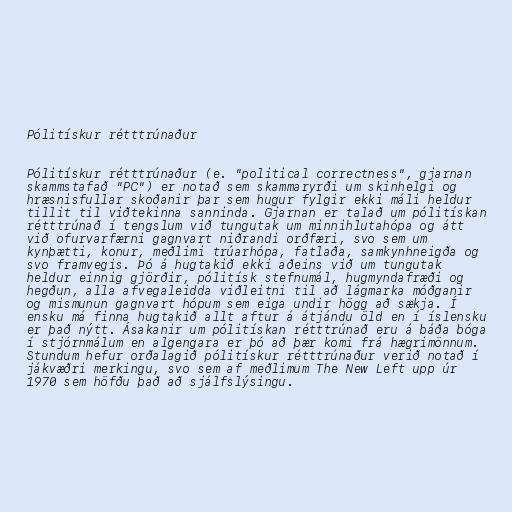
Pólitískur rétttrúnaður

Pólitískur rétttrúnaður (e. "political correctness", gjarnan
skammstafað "PC") er notað sem skammaryrði um skinhelgi og
hræsnisfullar skoðanir þar sem hugur fylgir ekki máli heldur
tillit til viðtekinna sanninda. Gjarnan er talað um pólitískan
rétttrúnað í tengslum við tungutak um minnihlutahópa og átt
við ofurvarfærni gagnvart niðrandi orðfæri, svo sem um
kynþætti, konur, meðlimi trúarhópa, fatlaða, samkynhneigða og
svo framvegis. Þó á hugtakið ekki aðeins við um tungutak
heldur einnig gjörðir, pólitísk stefnumál, hugmyndafræði og
hegðun, alla afvegaleidda viðleitni til að lágmarka móðganir
og mismunun gagnvart hópum sem eiga undir högg að sækja. Í
ensku má finna hugtakið allt aftur á átjándu öld en í íslensku
er það nýtt. Ásakanir um pólitískan rétttrúnað eru á báða bóga
í stjórnmálum en algengara er þó að þær komi frá hægrimönnum.
Stundum hefur orðalagið pólitískur rétttrúnaður verið notað í
jákvæðri merkingu, svo sem af meðlimum The New Left upp úr
1970 sem höfðu það að sjálfslýsingu.